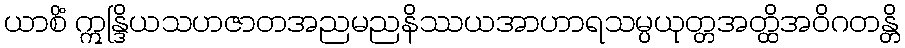
ယာစိံ ဣန္ဒြိယသဟဇာတအညမညနိဿယအာဟာရသမ္ပယုတ္တအတ္ထိအဝိဂတန္တိ